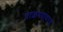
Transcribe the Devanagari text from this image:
पाळण्यावरच